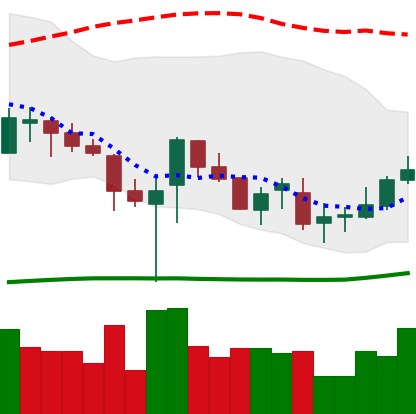
Ticker: TRX-USD
Chart end date: 2019-03-16
Forward return: -3.859%
Label: down_3_5